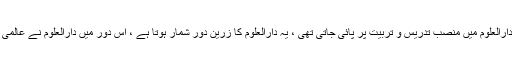
آپ کے دور اہتمام میں آپ کے اساتذہ کرام کی ایک بڑی تعداد دارالعلوم میں منصب تدریس و تربیت پر پائی جاتی تھی ، یہ دارالعلوم کا زرین دور شمار ہوتا ہے ، اس دور میں دارالعلوم نے عالمی شہرت پائی ، اور یہ ادارہ ازہر ہند کی حیثیت سے متعارف ہوا۔